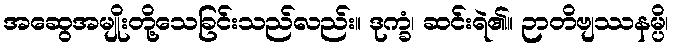
အဆွေအမျိုးတို့သေခြင်းသည်လည်း။ ဒုက္ခံ၊ ဆင်းရဲ၏။ ဉာတိဗျဿနမ္ပိ၊